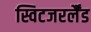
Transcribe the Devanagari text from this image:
स्विटजरर्लैंड